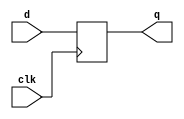
module asic_dffnq #(parameter PROP = "DEFAULT")   (
    input      d,
    input      clk,
    output reg q
    );

   always @ (negedge clk)
     q <= d;

endmodule